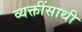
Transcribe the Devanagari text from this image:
व्यक्तींसाथी